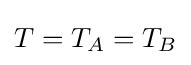
T=T_{A}=T_{B}